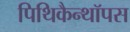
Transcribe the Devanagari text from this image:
पिथिकैन्थॉपस